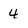
Character: 4